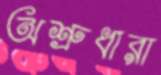
অশ্রুধারা